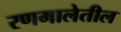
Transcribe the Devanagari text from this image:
रणमालेतील